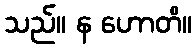
သည်။ န ဟောတိ။